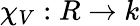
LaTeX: \chi_{V}:R\to k